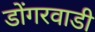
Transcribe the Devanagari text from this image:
डोंगरवाडी